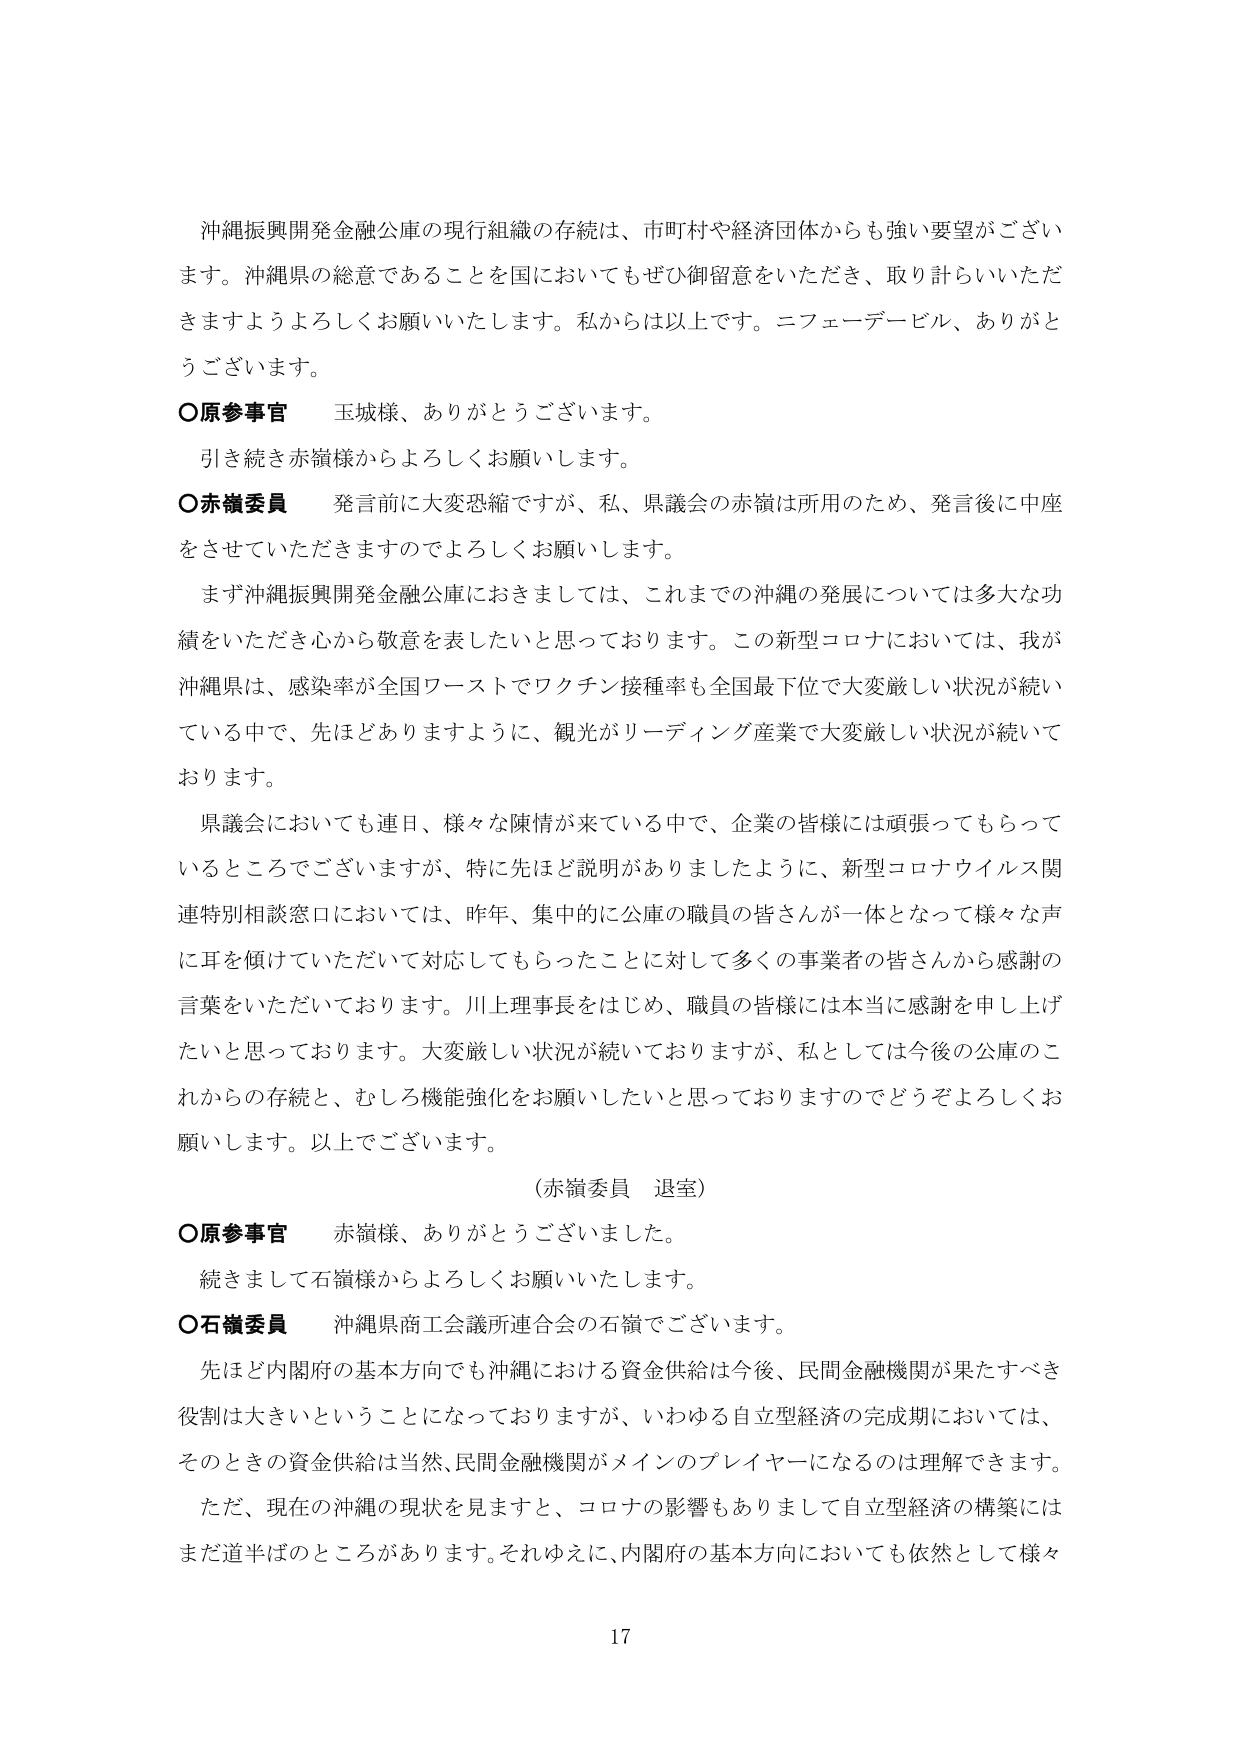
沖縄振興開発金融公庫の現行組織の存続は、市町村や経済団体からも強い要望がございます。沖縄県の総意であることを国においてもぜひ御留意をいただき、取り計らいいただきますようよろしくお願いいたします。私からは以上です。ニフェーデービル、ありがとうございます。

〇原参事官　玉城様、ありがとうございます。
　引き続き赤嶺様からよろしくお願いします。

〇赤嶺委員　発言前に大変恐縮ですが、私、県議会の赤嶺は所用のため、発言後に中座をさせていただきますのでよろしくお願いします。
　まず沖縄振興開発金融公庫におきましては、これまでの沖縄の発展については多大な功績をいただき心から敬意を表したいと思っております。この新型コロナにおいては、我が沖縄県は、感染率が全国ワーストでワクチン接種率も全国最下位で大変厳しい状況が続いている中で、先ほどありますように、観光がリーディング産業で大変厳しい状況が続いております。
　県議会においても連日、様々な陳情が来ている中で、企業の皆様には頑張ってもらっているところでございますが、特に先ほど説明がありましたように、新型コロナウイルス関連特別相談窓口においては、昨年、集中的に公庫の職員の皆さんが一体となって様々な声に耳を傾けていただいて対応してもらったことに対して多くの事業者の皆さんから感謝の言葉をいただいております。川上理事長をはじめ、職員の皆様には本当に感謝を申し上げたいと思っております。大変厳しい状況が続いておりますが、私としては今後の公庫のこれからの存続と、むしろ機能強化をお願いしたいと思っておりますのでどうぞよろしくお願いします。以上でございます。

（赤嶺委員　退室）

〇原参事官　赤嶺様、ありがとうございました。
　続きまして石嶺様からよろしくお願いいたします。

〇石嶺委員　沖縄県商工会議所連合会の石嶺でございます。
　先ほど内閣府の基本方向でも沖縄における資金供給は今後、民間金融機関が果たすべき役割は大きいということになっておりますが、いわゆる自立型経済の完成期においては、そのときの資金供給は当然、民間金融機関がメインのプレイヤーになるのは理解できます。
　ただ、現在の沖縄の現状を見ますと、コロナの影響もありまして自立型経済の構築にはまだ道半ばのところがあります。それゆえに、内閣府の基本方向においても依然として様々

17